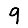
Digit: 9